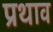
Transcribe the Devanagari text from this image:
प्रथाव